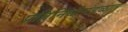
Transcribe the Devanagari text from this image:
प्रतिनिधीमंडळात